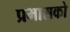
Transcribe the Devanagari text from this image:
प्रभासको